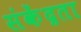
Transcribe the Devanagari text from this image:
संकेंद्रता